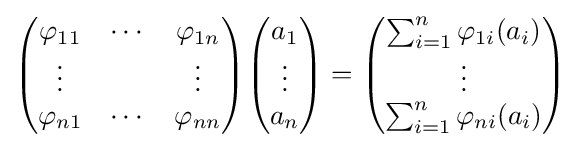
{\begin{pmatrix}\varphi _{11}&\cdots &\varphi _{1n}\\\vdots &&\vdots \\\varphi _{n1}&\cdots &\varphi _{nn}\end{pmatrix}}{\begin{pmatrix}a_{1}\\\vdots \\a_{n}\end{pmatrix}}={\begin{pmatrix}\sum _{i=1}^{n}\varphi _{1i}(a_{i})\\\vdots \\\sum _{i=1}^{n}\varphi _{ni}(a_{i})\end{pmatrix}}